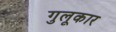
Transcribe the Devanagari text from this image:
गुलूकार